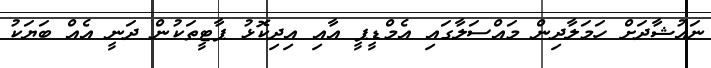
ނައުޝާދަށް ހަމަލާދިން މައްސަލާގައި އެމްޑީޕީ އާއި އިދިކޮޅު ޕާޓީތަކުން ދަނީ އެއް ބަޔަކު